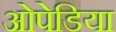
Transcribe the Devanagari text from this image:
ओपेडिया